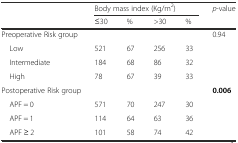
<table><thead><tr><td></td><td colspan="4"><b>Body mass index (Kg/m<sup>2</sup>)</b></td><td><b><i>p</i>-value</b></td></tr><tr><td></td><td><b>≤30</b></td><td><b>%</b></td><td><b>&gt;30</b></td><td><b>%</b></td><td></td></tr></thead><tbody><tr><td>Preoperative Risk group</td><td></td><td></td><td></td><td></td><td>0.94</td></tr><tr><td> Low</td><td>521</td><td>67</td><td>256</td><td>33</td><td></td></tr><tr><td> Intermediate</td><td>184</td><td>68</td><td>86</td><td>32</td><td></td></tr><tr><td> High</td><td>78</td><td>67</td><td>39</td><td>33</td><td></td></tr><tr><td>Postoperative Risk group</td><td></td><td></td><td></td><td></td><td><b>0.006</b></td></tr><tr><td> APF = 0</td><td>571</td><td>70</td><td>247</td><td>30</td><td></td></tr><tr><td> APF = 1</td><td>114</td><td>64</td><td>63</td><td>36</td><td></td></tr><tr><td> APF ≥ 2</td><td>101</td><td>58</td><td>74</td><td>42</td><td></td></tr></tbody></table>